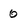
Character: 0